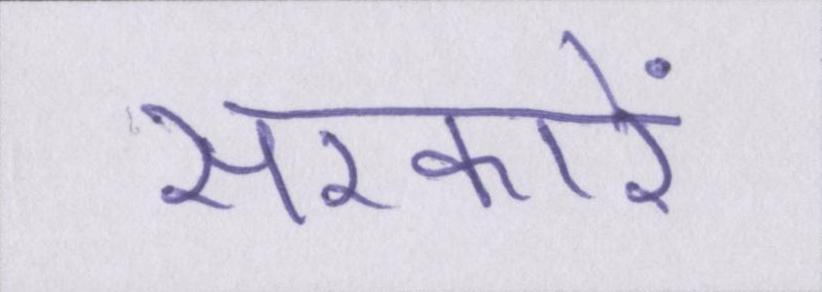
सरकारें